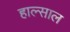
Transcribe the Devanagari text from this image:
हाल्साल